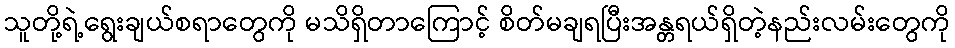
သူတို့ရဲ့ရွေးချယ်စရာတွေကို မသိရှိတာကြောင့် စိတ်မချရပြီးအန္တရယ်ရှိတဲ့နည်းလမ်းတွေကို